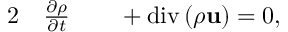
\begin{array} { r l r l } { { 2 } } & { { } \frac { \partial \rho } { \partial t } } & { } & { { } + \mathrm { d i v } \left( \rho \mathbf { u } \right) = 0 , } \end{array}